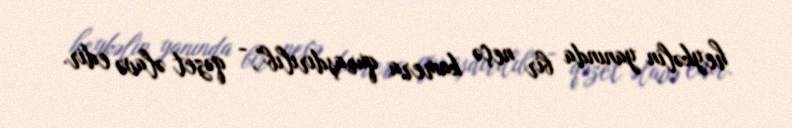
heykəlin yanında bir neçə kamera quraşdırılıb”, - qəzet əlavə edir.